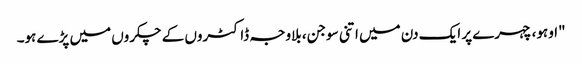
"اوہو، چہرے پر ایک دن میں اتنی سوجن، بلاوجہ ڈاکٹروں کے چکروں میں پڑے ہو۔